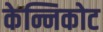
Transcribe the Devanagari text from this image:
केन्निकोट